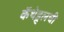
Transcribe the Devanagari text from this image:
कॅथेड्र्लची